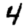
Digit: 4